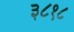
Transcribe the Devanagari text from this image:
३८१८